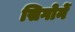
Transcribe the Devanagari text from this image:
सिगोर्ने